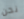
نحن